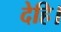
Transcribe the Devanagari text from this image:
देहि।